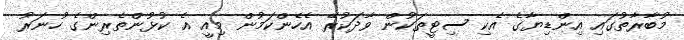
މުބާރާތުގައި އިންޑިޔާގެ އެކި ސިޓީތަކުން ވާދަކުރޭ އެހެންކަމުން މިއީ އެ ކުޅުންތެރިންގެ ހުނަރު